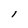
Character: l